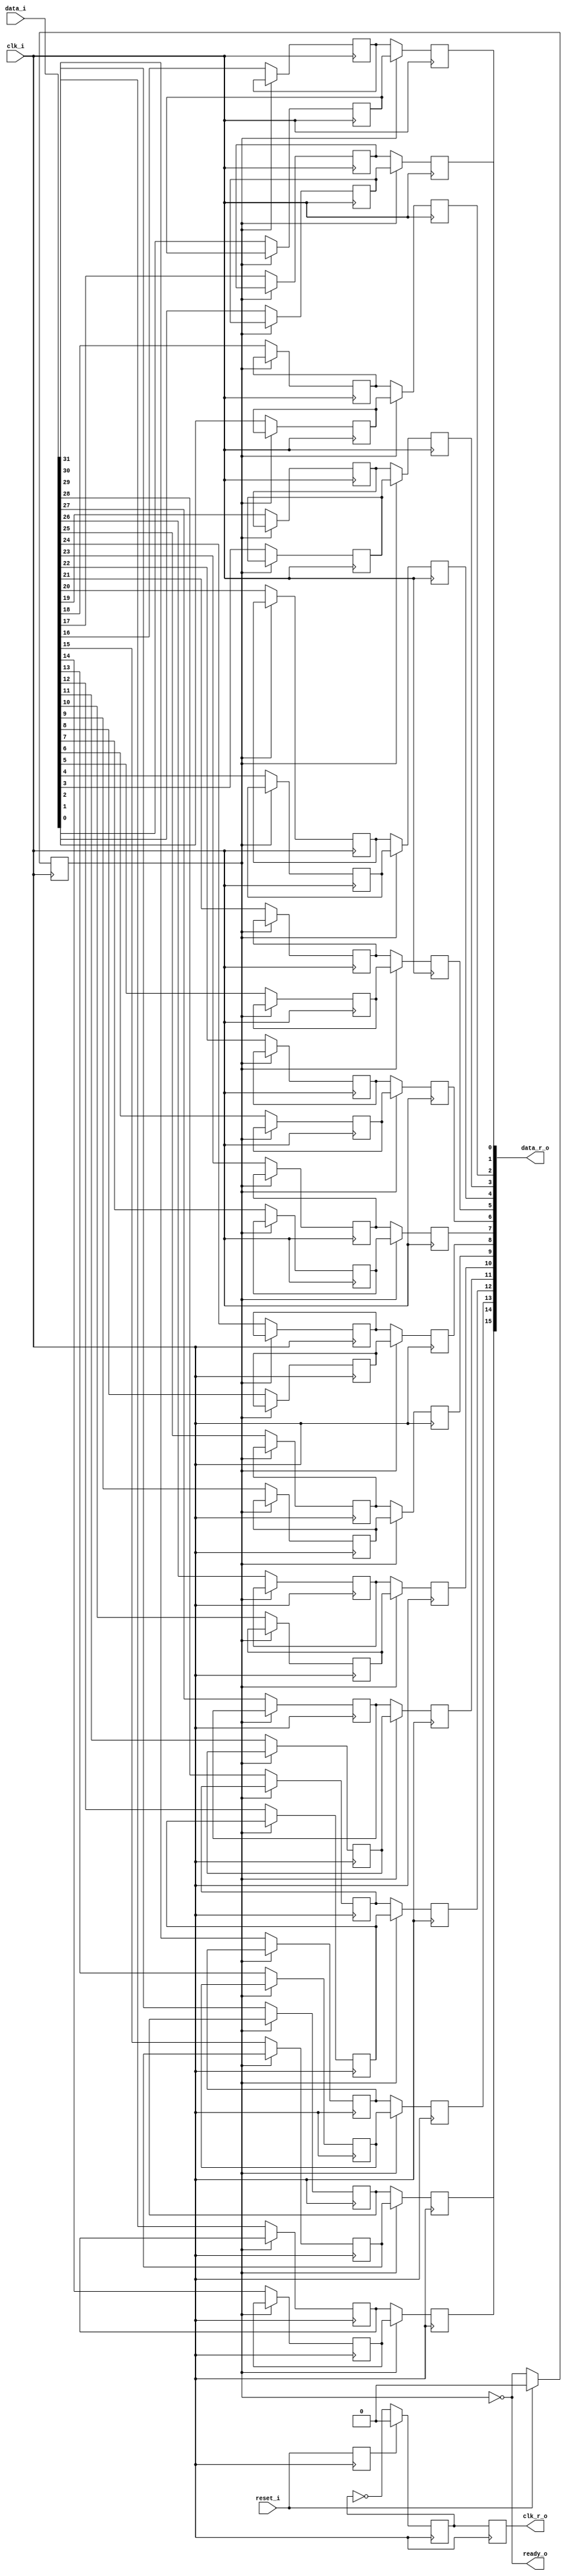
/* Generated by Yosys 0.27+9 (git sha1 101d19bb6, gcc 11.2.0-7ubuntu2 -fPIC -Os) */

(* top =  1  *)

module bsg_link_oddr_phy(reset_i, clk_i, data_i, ready_o, data_r_o, clk_r_o);
  
  wire [15:0] _00_;
  
  wire _01_;
  
  input clk_i;
  wire clk_i;
  
  reg clk_r;
  
  output clk_r_o;
  reg clk_r_o;
  
  input [31:0] data_i;
  wire [31:0] data_i;
  
  reg [31:0] data_i_r;
  
  output [15:0] data_r_o;
  reg [15:0] data_r_o;
  
  reg odd_r;
  
  output ready_o;
  wire ready_o;
  
  input reset_i;
  wire reset_i;
  
  reg reset_i_r;
  assign _00_[0] = odd_r ? data_i_r[0] : data_i_r[16];
  assign _00_[1] = odd_r ? data_i_r[1] : data_i_r[17];
  assign _00_[2] = odd_r ? data_i_r[2] : data_i_r[18];
  assign _00_[3] = odd_r ? data_i_r[3] : data_i_r[19];
  assign _00_[4] = odd_r ? data_i_r[4] : data_i_r[20];
  assign _00_[5] = odd_r ? data_i_r[5] : data_i_r[21];
  assign _00_[6] = odd_r ? data_i_r[6] : data_i_r[22];
  assign _00_[7] = odd_r ? data_i_r[7] : data_i_r[23];
  assign _00_[8] = odd_r ? data_i_r[8] : data_i_r[24];
  assign _00_[9] = odd_r ? data_i_r[9] : data_i_r[25];
  assign _00_[10] = odd_r ? data_i_r[10] : data_i_r[26];
  assign _00_[11] = odd_r ? data_i_r[11] : data_i_r[27];
  assign _00_[12] = odd_r ? data_i_r[12] : data_i_r[28];
  assign _00_[13] = odd_r ? data_i_r[13] : data_i_r[29];
  assign _00_[14] = odd_r ? data_i_r[14] : data_i_r[30];
  assign _00_[15] = odd_r ? data_i_r[15] : data_i_r[31];
  assign ready_o = ~odd_r;
  assign _01_ = ~clk_r;
  (* \always_ff  = 32'd1 *)
  
  always @(posedge clk_i)
    if (!odd_r) data_i_r[0] <= data_i[0];
  (* \always_ff  = 32'd1 *)
  
  always @(posedge clk_i)
    if (!odd_r) data_i_r[1] <= data_i[1];
  (* \always_ff  = 32'd1 *)
  
  always @(posedge clk_i)
    if (!odd_r) data_i_r[2] <= data_i[2];
  (* \always_ff  = 32'd1 *)
  
  always @(posedge clk_i)
    if (!odd_r) data_i_r[3] <= data_i[3];
  (* \always_ff  = 32'd1 *)
  
  always @(posedge clk_i)
    if (!odd_r) data_i_r[4] <= data_i[4];
  (* \always_ff  = 32'd1 *)
  
  always @(posedge clk_i)
    if (!odd_r) data_i_r[5] <= data_i[5];
  (* \always_ff  = 32'd1 *)
  
  always @(posedge clk_i)
    if (!odd_r) data_i_r[6] <= data_i[6];
  (* \always_ff  = 32'd1 *)
  
  always @(posedge clk_i)
    if (!odd_r) data_i_r[7] <= data_i[7];
  (* \always_ff  = 32'd1 *)
  
  always @(posedge clk_i)
    if (!odd_r) data_i_r[8] <= data_i[8];
  (* \always_ff  = 32'd1 *)
  
  always @(posedge clk_i)
    if (!odd_r) data_i_r[9] <= data_i[9];
  (* \always_ff  = 32'd1 *)
  
  always @(posedge clk_i)
    if (!odd_r) data_i_r[10] <= data_i[10];
  (* \always_ff  = 32'd1 *)
  
  always @(posedge clk_i)
    if (!odd_r) data_i_r[11] <= data_i[11];
  (* \always_ff  = 32'd1 *)
  
  always @(posedge clk_i)
    if (!odd_r) data_i_r[12] <= data_i[12];
  (* \always_ff  = 32'd1 *)
  
  always @(posedge clk_i)
    if (!odd_r) data_i_r[13] <= data_i[13];
  (* \always_ff  = 32'd1 *)
  
  always @(posedge clk_i)
    if (!odd_r) data_i_r[14] <= data_i[14];
  (* \always_ff  = 32'd1 *)
  
  always @(posedge clk_i)
    if (!odd_r) data_i_r[15] <= data_i[15];
  (* \always_ff  = 32'd1 *)
  
  always @(posedge clk_i)
    if (!odd_r) data_i_r[16] <= data_i[16];
  (* \always_ff  = 32'd1 *)
  
  always @(posedge clk_i)
    if (!odd_r) data_i_r[17] <= data_i[17];
  (* \always_ff  = 32'd1 *)
  
  always @(posedge clk_i)
    if (!odd_r) data_i_r[18] <= data_i[18];
  (* \always_ff  = 32'd1 *)
  
  always @(posedge clk_i)
    if (!odd_r) data_i_r[19] <= data_i[19];
  (* \always_ff  = 32'd1 *)
  
  always @(posedge clk_i)
    if (!odd_r) data_i_r[20] <= data_i[20];
  (* \always_ff  = 32'd1 *)
  
  always @(posedge clk_i)
    if (!odd_r) data_i_r[21] <= data_i[21];
  (* \always_ff  = 32'd1 *)
  
  always @(posedge clk_i)
    if (!odd_r) data_i_r[22] <= data_i[22];
  (* \always_ff  = 32'd1 *)
  
  always @(posedge clk_i)
    if (!odd_r) data_i_r[23] <= data_i[23];
  (* \always_ff  = 32'd1 *)
  
  always @(posedge clk_i)
    if (!odd_r) data_i_r[24] <= data_i[24];
  (* \always_ff  = 32'd1 *)
  
  always @(posedge clk_i)
    if (!odd_r) data_i_r[25] <= data_i[25];
  (* \always_ff  = 32'd1 *)
  
  always @(posedge clk_i)
    if (!odd_r) data_i_r[26] <= data_i[26];
  (* \always_ff  = 32'd1 *)
  
  always @(posedge clk_i)
    if (!odd_r) data_i_r[27] <= data_i[27];
  (* \always_ff  = 32'd1 *)
  
  always @(posedge clk_i)
    if (!odd_r) data_i_r[28] <= data_i[28];
  (* \always_ff  = 32'd1 *)
  
  always @(posedge clk_i)
    if (!odd_r) data_i_r[29] <= data_i[29];
  (* \always_ff  = 32'd1 *)
  
  always @(posedge clk_i)
    if (!odd_r) data_i_r[30] <= data_i[30];
  (* \always_ff  = 32'd1 *)
  
  always @(posedge clk_i)
    if (!odd_r) data_i_r[31] <= data_i[31];
  (* \always_ff  = 32'd1 *)
  
  always @(posedge clk_i)
    data_r_o[0] <= _00_[0];
  (* \always_ff  = 32'd1 *)
  
  always @(posedge clk_i)
    data_r_o[1] <= _00_[1];
  (* \always_ff  = 32'd1 *)
  
  always @(posedge clk_i)
    data_r_o[2] <= _00_[2];
  (* \always_ff  = 32'd1 *)
  
  always @(posedge clk_i)
    data_r_o[3] <= _00_[3];
  (* \always_ff  = 32'd1 *)
  
  always @(posedge clk_i)
    data_r_o[4] <= _00_[4];
  (* \always_ff  = 32'd1 *)
  
  always @(posedge clk_i)
    data_r_o[5] <= _00_[5];
  (* \always_ff  = 32'd1 *)
  
  always @(posedge clk_i)
    data_r_o[6] <= _00_[6];
  (* \always_ff  = 32'd1 *)
  
  always @(posedge clk_i)
    data_r_o[7] <= _00_[7];
  (* \always_ff  = 32'd1 *)
  
  always @(posedge clk_i)
    data_r_o[8] <= _00_[8];
  (* \always_ff  = 32'd1 *)
  
  always @(posedge clk_i)
    data_r_o[9] <= _00_[9];
  (* \always_ff  = 32'd1 *)
  
  always @(posedge clk_i)
    data_r_o[10] <= _00_[10];
  (* \always_ff  = 32'd1 *)
  
  always @(posedge clk_i)
    data_r_o[11] <= _00_[11];
  (* \always_ff  = 32'd1 *)
  
  always @(posedge clk_i)
    data_r_o[12] <= _00_[12];
  (* \always_ff  = 32'd1 *)
  
  always @(posedge clk_i)
    data_r_o[13] <= _00_[13];
  (* \always_ff  = 32'd1 *)
  
  always @(posedge clk_i)
    data_r_o[14] <= _00_[14];
  (* \always_ff  = 32'd1 *)
  
  always @(posedge clk_i)
    data_r_o[15] <= _00_[15];
  (* \always_ff  = 32'd1 *)
  
  always @(negedge clk_i)
    clk_r_o <= clk_r;
  (* \always_ff  = 32'd1 *)
  
  always @(posedge clk_i)
    reset_i_r <= reset_i;
  (* \always_ff  = 32'd1 *)
  
  always @(negedge clk_i)
    if (reset_i_r) clk_r <= 1'h0;
    else clk_r <= _01_;
  (* \always_ff  = 32'd1 *)
  
  always @(posedge clk_i)
    if (reset_i) odd_r <= 1'h0;
    else odd_r <= ready_o;
endmodule